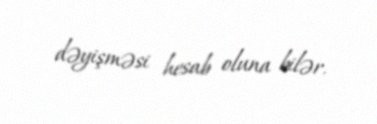
dəyişməsi hesab oluna bilər.